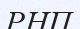
РНП